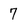
Character: 7